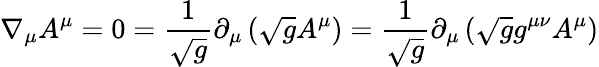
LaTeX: \nabla_{\mu}A^{\mu}=0=\frac{1}{\sqrt{g}}\partial_{\mu}\left(\sqrt{g}A^{\mu}\right)=\frac{1}{\sqrt{g}}\partial_{\mu}\left(\sqrt{g}g^{\mu\nu}A^{\mu}\right)